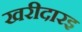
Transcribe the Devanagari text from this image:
खरीदारइ